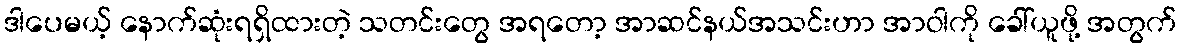
ဒါပေမယ့် နောက်ဆုံးရရှိထားတဲ့ သတင်းတွေ အရတော့ အာဆင်နယ်အသင်းဟာ အာဝါကို ခေါ်ယူဖို့ အတွက်